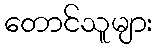
တောင်သူများ